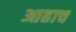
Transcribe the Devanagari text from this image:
आहाच